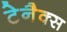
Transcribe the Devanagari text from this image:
टेनैक्स